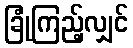
ခြုံကြည့်လျှင်